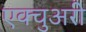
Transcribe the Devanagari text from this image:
एक्चुअरी